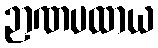
ဉာဏပထာယ